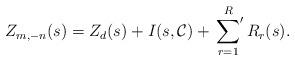
LaTeX: \begin{align*}Z_{m,-n}(s) = Z_d(s) + I(s,\mathcal{C}) + \sideset{}{'} \sum_{r = 1}^{R} R_r(s).\end{align*}